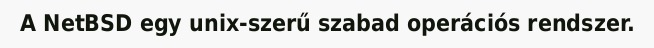
A NetBSD egy unix-szerű szabad operációs rendszer.